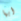
أيها